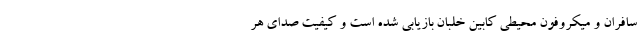
سافران و میکروفون محیطی کابین خلبان بازیابی شده است و کیفیت صدای هر